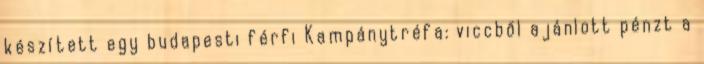
készített egy budapesti férfi Kampánytréfa: viccből ajánlott pénzt a